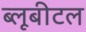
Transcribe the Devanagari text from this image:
ब्‍लूबीटल